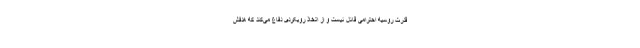
قدرت روسیه احترامی قائل نیست و از اتخاذ رویکردی دفاع می‌کند که هدفش